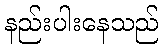
နည်းပါးနေသည်